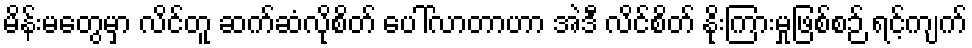
မိန်းမတွေမှာ လိင်တူ ဆက်ဆံလိုစိတ် ပေါ်လာတာဟာ အဲဒီ လိင်စိတ် နိုးကြားမှုဖြစ်စဉ် ရင့်ကျက်